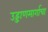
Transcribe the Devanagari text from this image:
उड्डाणमार्गाचा